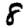
Digit: 8